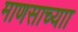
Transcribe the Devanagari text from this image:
माणसाच्याा